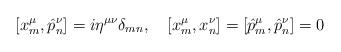
LaTeX: \begin{align*}\left[ x_m^\mu ,\hat{p}_n^\nu \right] =i\eta ^{\mu \nu }\delta _{mn},\quad\left[ x_m^\mu ,x_n^\nu \right] =\left[ \hat{p}_m^\mu ,\hat{p}_n^\nu \right]=0\end{align*}